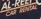
car